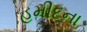
હમીદના